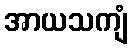
အာယသကျံ